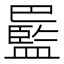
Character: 𫶻